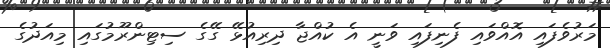
މަރުވެފައި އޮއްވައި ފެނިފައި ވަނީ އެ ކުއްޖާ ދިރިއުޅޭ ގޭގެ ސިޓިންރޫމުގައި މިއަދުގެ